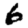
Digit: 6